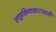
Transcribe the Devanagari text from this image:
लघुप्रक्रियाकारासाठी